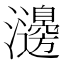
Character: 𤄺